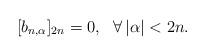
LaTeX: \begin{align*} [b_{n,\alpha}]_{2n}=0,\ \ \forall\left\vert \alpha\right\vert<2n.\end{align*}